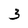
Character: 3